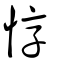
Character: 惇